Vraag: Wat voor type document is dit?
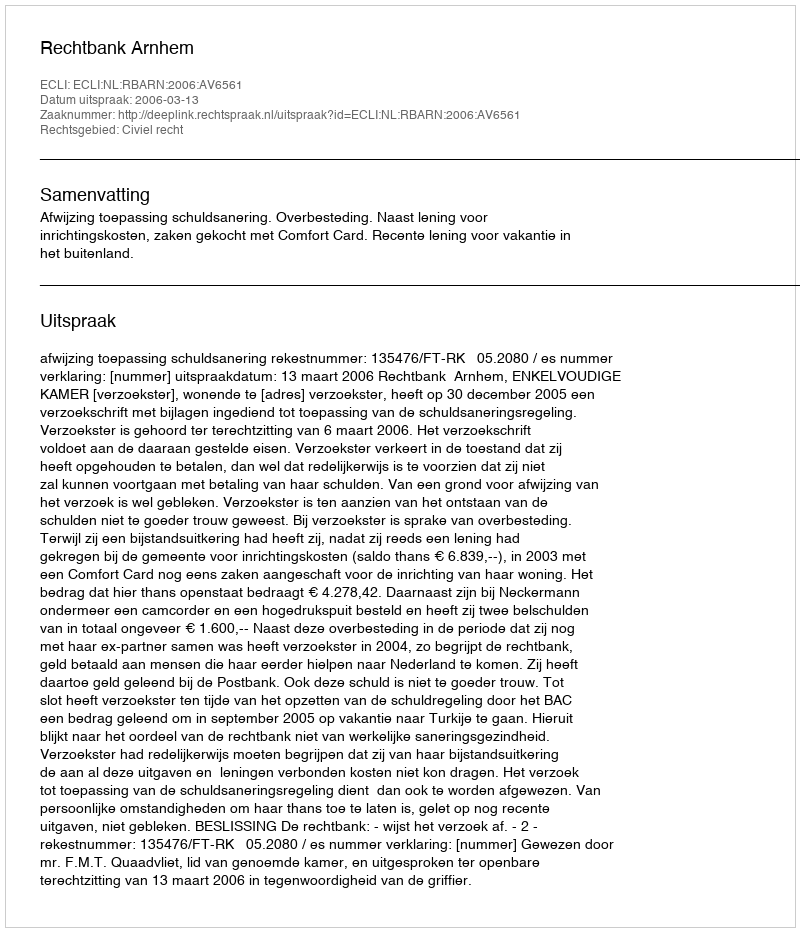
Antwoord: Uitspraak